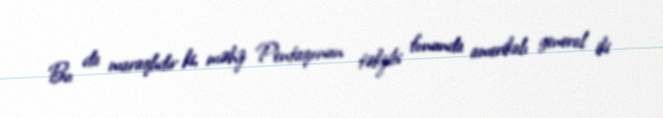
Bu da maraqlıdır ki, məhz Pentaqonun təkzibi fonunda amerikalı general iki